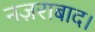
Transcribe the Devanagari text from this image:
नज़राबाद।